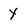
Character: y